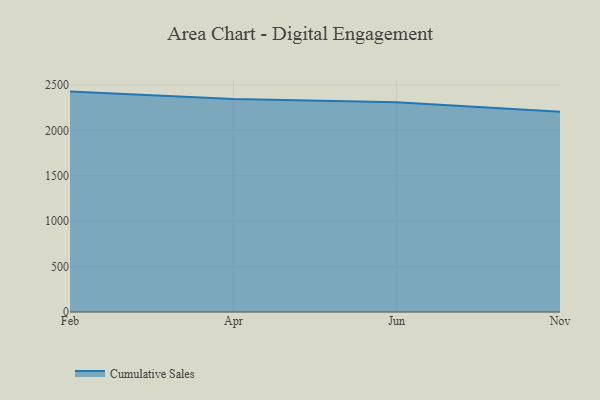
{"axis": {"x": "Month", "y": "Churn Rate (%)"}, "legend": ["Cumulative Sales"], "data": [{"x": "Feb", "y": 2427.4, "type": "Cumulative Sales"}, {"x": "Apr", "y": 2346.1, "type": "Cumulative Sales"}, {"x": "Jun", "y": 2309.6, "type": "Cumulative Sales"}, {"x": "Nov", "y": 2206.2, "type": "Cumulative Sales"}]}